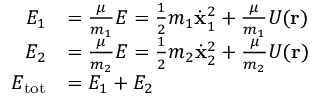
{ \begin{array} { r l } { E _ { 1 } } & { = { \frac { \mu } { m _ { 1 } } } E = { \frac { 1 } { 2 } } m _ { 1 } { \dot { \mathbf { x } } } _ { 1 } ^ { 2 } + { \frac { \mu } { m _ { 1 } } } U ( \mathbf { r } ) } \\ { E _ { 2 } } & { = { \frac { \mu } { m _ { 2 } } } E = { \frac { 1 } { 2 } } m _ { 2 } { \dot { \mathbf { x } } } _ { 2 } ^ { 2 } + { \frac { \mu } { m _ { 2 } } } U ( \mathbf { r } ) } \\ { E _ { \mathrm { t o t } } } & { = E _ { 1 } + E _ { 2 } } \end{array} }